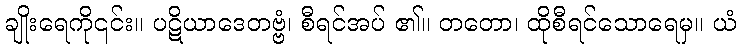
ချိုးရေကို၎င်း။ ပဋိယာဒေတဗ္ဗံ၊ စီရင်အပ် ၏။ တတော၊ ထိုစီရင်သောရေမှ။ ယံ